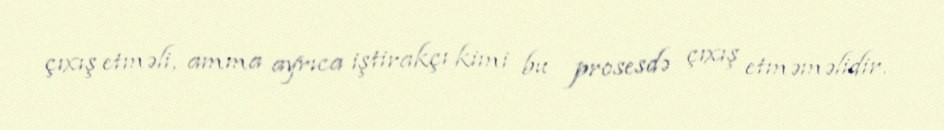
çıxış etməli, amma ayrıca iştirakçı kimi bu prosesdə çıxış etməməlidir.